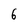
Character: 6